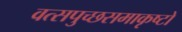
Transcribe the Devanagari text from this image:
वत्सपुच्छसमाकृष्टो